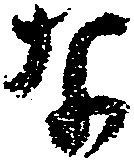
な